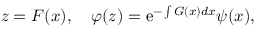
z = F ( x ) , \quad \varphi ( z ) = \mathrm { e } ^ { - \int G ( x ) d x } \psi ( x ) ,